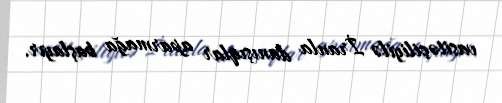
vasitəçiliyilə İranla danışıqlar aparmağa başlayır.